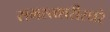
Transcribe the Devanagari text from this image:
समस्तशरीरधरे